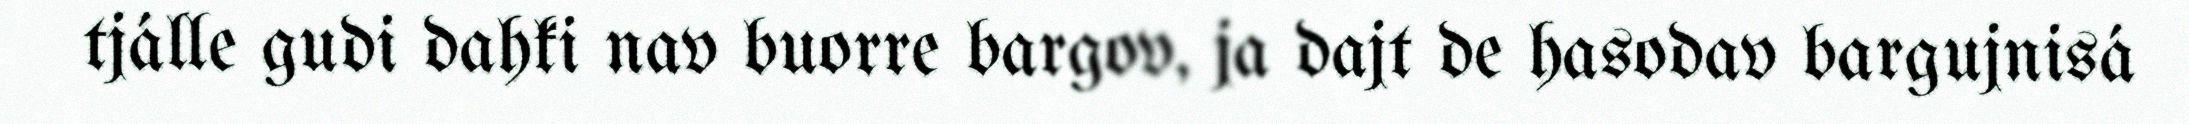
tjálle gudi dahki nav buorre bargov, ja dajt de hasodav bargujnisá